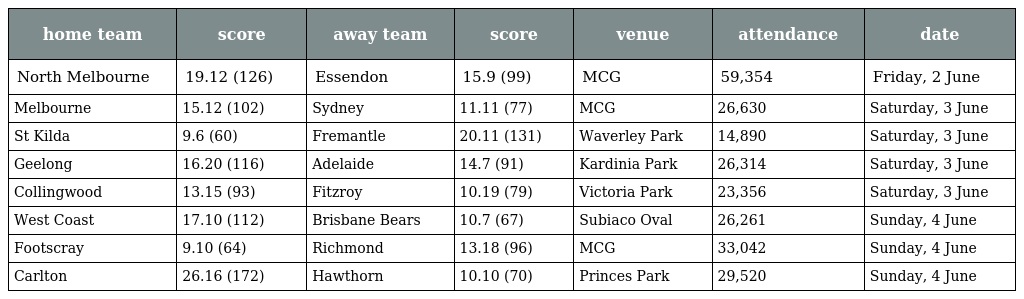
| home team | score | away team | score | venue | attendance | date |
 | --- | --- | --- | --- | --- | --- | --- |
 | North Melbourne | 19.12 (126) | Essendon | 15.9 (99) | MCG | 59,354 | Friday, 2 June |
 | Melbourne | 15.12 (102) | Sydney | 11.11 (77) | MCG | 26,630 | Saturday, 3 June |
 | St Kilda | 9.6 (60) | Fremantle | 20.11 (131) | Waverley Park | 14,890 | Saturday, 3 June |
 | Geelong | 16.20 (116) | Adelaide | 14.7 (91) | Kardinia Park | 26,314 | Saturday, 3 June |
 | Collingwood | 13.15 (93) | Fitzroy | 10.19 (79) | Victoria Park | 23,356 | Saturday, 3 June |
 | West Coast | 17.10 (112) | Brisbane Bears | 10.7 (67) | Subiaco Oval | 26,261 | Sunday, 4 June |
 | Footscray | 9.10 (64) | Richmond | 13.18 (96) | MCG | 33,042 | Sunday, 4 June |
 | Carlton | 26.16 (172) | Hawthorn | 10.10 (70) | Princes Park | 29,520 | Sunday, 4 June |